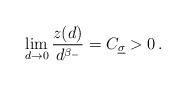
LaTeX: \begin{align*}\lim_{d \to 0} \frac{z(d)}{d^{\beta_-}} = C_{\underline{\sigma}} >0 \,.\end{align*}